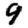
Digit: 9